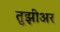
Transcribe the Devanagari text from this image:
तुझीअर